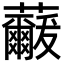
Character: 𮓓